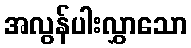
အလွန်ပါးလွှာသော